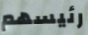
رئيسهم